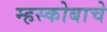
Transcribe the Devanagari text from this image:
म्हस्कोबाचे